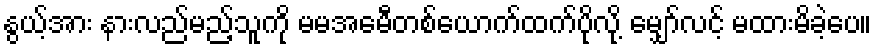
နွယ့်အား နားလည်မည့်သူကို မမအေမီတစ်ယောက်ထက်ပိုလို့ မျှော်လင့် မထားမိခဲ့ပေ။